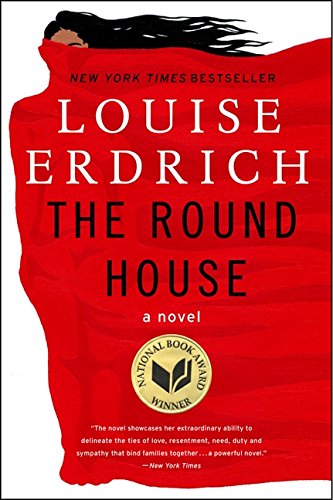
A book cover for The Round House: A Novel; Louise Erdrich; Mystery, Thriller & Suspense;